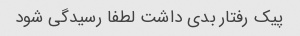
پیک رفتار بدی داشت لطفا رسیدگی شود